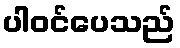
ပါဝင်ပေသည်